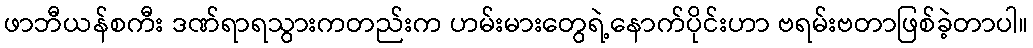
ဖာဘီယန်စကီး ဒဏ်ရာရသွားကတည်းက ဟမ်းမားတွေရဲ့နောက်ပိုင်းဟာ ဗရမ်းဗတာဖြစ်ခဲ့တာပါ။